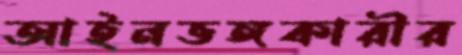
আইনভঙ্গকারীর